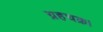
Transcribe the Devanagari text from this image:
ग्रहचक्र।